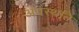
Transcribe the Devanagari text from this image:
अवस्थति